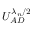
U _ { A D } ^ { \lambda _ { n } / 2 }